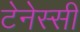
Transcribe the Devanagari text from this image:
टेनेस्सी